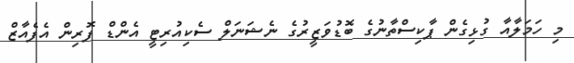
މި ހަމަލާއާ ގުޅިގެން ޕާކިސްތާނުގެ ބޮޑުވަޒީރުގެ ނެޝަނަލް ސެކިއުރިޓީ އެންޑް ފޮރިން އެފެއާޒް